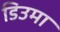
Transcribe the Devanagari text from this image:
डिउमा